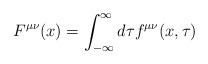
LaTeX: \begin{align*}F^{\mu \nu}(x)=\int_{-\infty}^{\infty} d\tau f^{\mu \nu}(x,\tau)\end{align*}